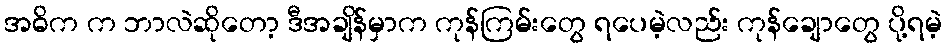
အဓိက က ဘာလဲဆိုတော့ ဒီအချိန်မှာက ကုန်ကြမ်းတွေ ရပေမဲ့လည်း ကုန်ချောတွေ ပို့ရမဲ့